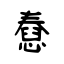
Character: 憃